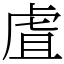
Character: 虘